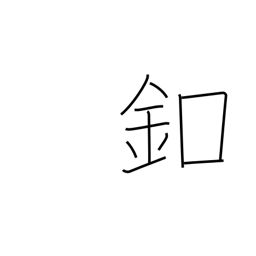
Meaning: button